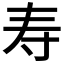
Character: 寿